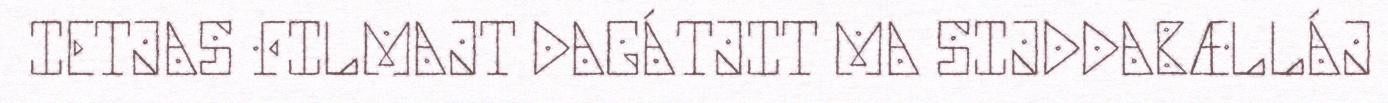
IETJAS FILMAJT DAGÁTJIT MA SIJDDABÆLLÁJ